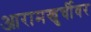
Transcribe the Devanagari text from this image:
आरामखुर्चीवर